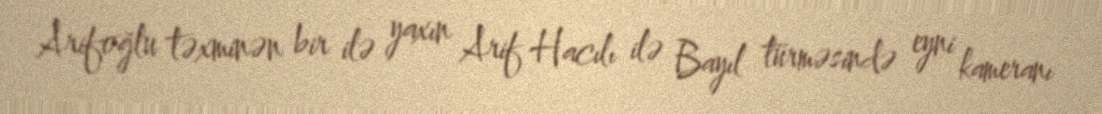
Arifoğlu təxminən bir ilə yaxın Arif Hacılı ilə Bayıl türməsində eyni kameranı